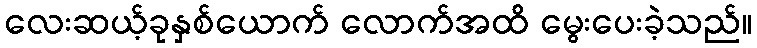
လေးဆယ့်ခုနှစ်ယောက် လောက်အထိ မွေးပေးခဲ့သည်။